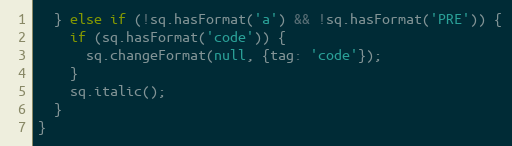
Language: JavaScript
  } else if (!sq.hasFormat('a') && !sq.hasFormat('PRE')) {
    if (sq.hasFormat('code')) {
      sq.changeFormat(null, {tag: 'code'});
    }
    sq.italic();
  }
}